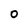
Character: O